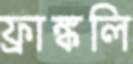
ফ্রাঙ্কলি